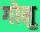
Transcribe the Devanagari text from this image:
गोनु